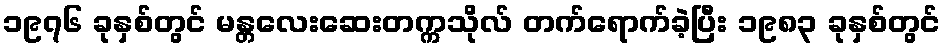
၁၉၇၆ ခုနှစ်တွင် မန္တလေးဆေးတက္ကသိုလ် တက်ရောက်ခဲ့ပြီး ၁၉၈၃ ခုနှစ်တွင်